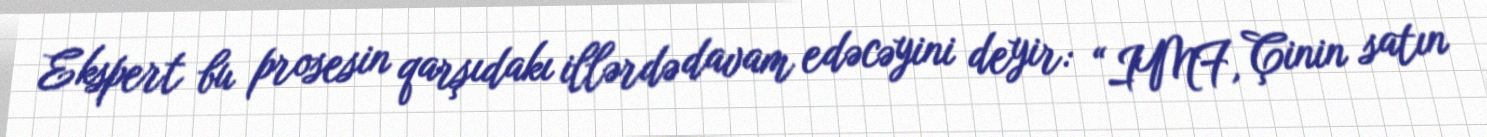
Ekspert bu prosesin qarşıdakı illərdə davam edəcəyini deyir: “IMF, Çinin satın